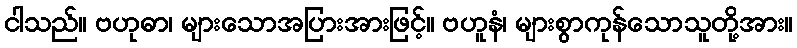
ငါသည်။ ဗဟုဓာ၊ များသောအပြားအားဖြင့်။ ဗဟူနံ၊ များစွာကုန်သောသူတို့အား။